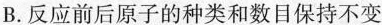
B.反应前后原子的种类和数目保持不变